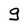
Character: g